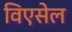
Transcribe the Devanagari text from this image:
विएसेल